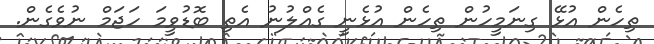
ތިހެން އުޅޭ ގިނަމީހުން ތިހެން އުޅެނީ ގެއްލުނު އެތި ބޮޑުވީމަ ހަޖަމް ނުވެގެން.